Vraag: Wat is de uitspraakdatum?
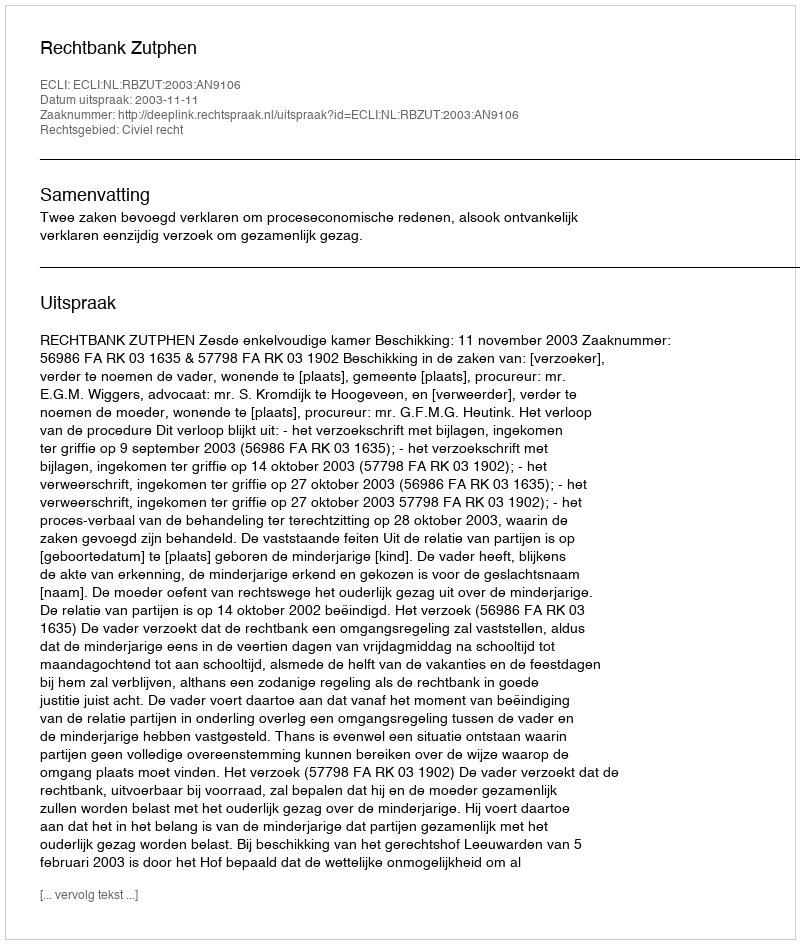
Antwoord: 2003-11-11